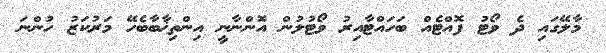
މާލޭގައި ދެ ވޯޓު ފޮއްޓެއް ބަހައްޓާއިރު ވޯޓުލުން އޮންނާނީ އިންތިޚާބާބެހޭ މަރުކަޒު ހުންނަ